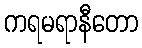
ကရမရာနီတော